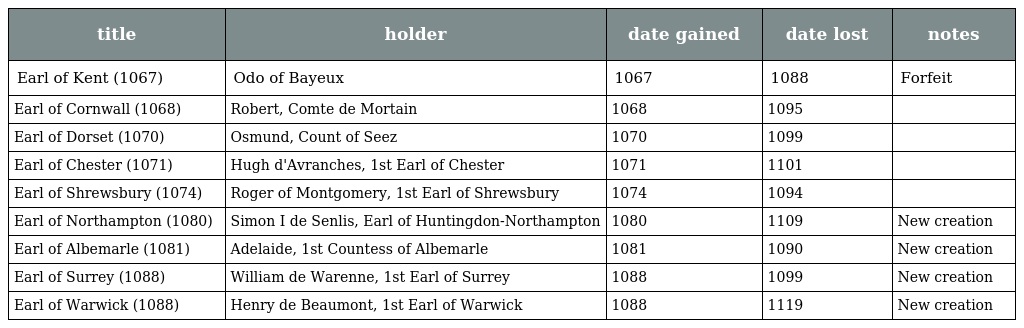
| title | holder | date gained | date lost | notes |
 | --- | --- | --- | --- | --- |
 | Earl of Kent (1067) | Odo of Bayeux | 1067 | 1088 | Forfeit |
 | Earl of Cornwall (1068) | Robert, Comte de Mortain | 1068 | 1095 |  |
 | Earl of Dorset (1070) | Osmund, Count of Seez | 1070 | 1099 |  |
 | Earl of Chester (1071) | Hugh d'Avranches, 1st Earl of Chester | 1071 | 1101 |  |
 | Earl of Shrewsbury (1074) | Roger of Montgomery, 1st Earl of Shrewsbury | 1074 | 1094 |  |
 | Earl of Northampton (1080) | Simon I de Senlis, Earl of Huntingdon-Northampton | 1080 | 1109 | New creation |
 | Earl of Albemarle (1081) | Adelaide, 1st Countess of Albemarle | 1081 | 1090 | New creation |
 | Earl of Surrey (1088) | William de Warenne, 1st Earl of Surrey | 1088 | 1099 | New creation |
 | Earl of Warwick (1088) | Henry de Beaumont, 1st Earl of Warwick | 1088 | 1119 | New creation |